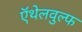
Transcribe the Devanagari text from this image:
ऍथेलवुल्फ